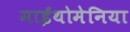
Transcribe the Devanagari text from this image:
माईथोमेनिया